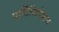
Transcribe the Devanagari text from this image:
पार्टिसिपेशन